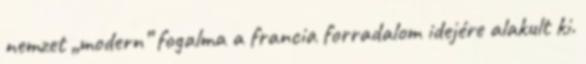
nemzet „modern” fogalma a francia forradalom idejére alakult ki.